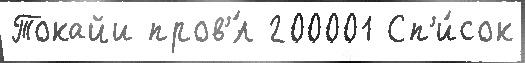
Токайи пров'́л 200001 Сп'и́сок